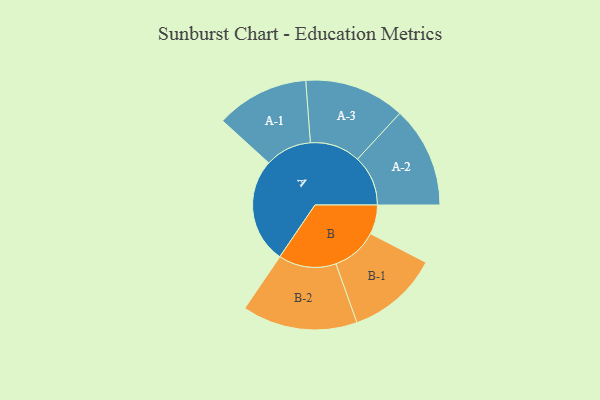
{"axis": {"x": "Segment", "y": "Value"}, "legend": ["", "A", "B"], "data": [{"x": "A", "y": 488, "type": ""}, {"x": "B", "y": 136, "type": ""}, {"x": "A-1", "y": 216, "type": "A"}, {"x": "A-2", "y": 235, "type": "A"}, {"x": "A-3", "y": 234, "type": "A"}, {"x": "B-1", "y": 214, "type": "B"}, {"x": "B-2", "y": 268, "type": "B"}]}